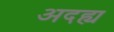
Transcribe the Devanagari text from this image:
अदह्य